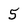
Character: 5